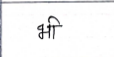
मजकूर: भी